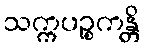
သက္ကပဉ္စကန္တိ